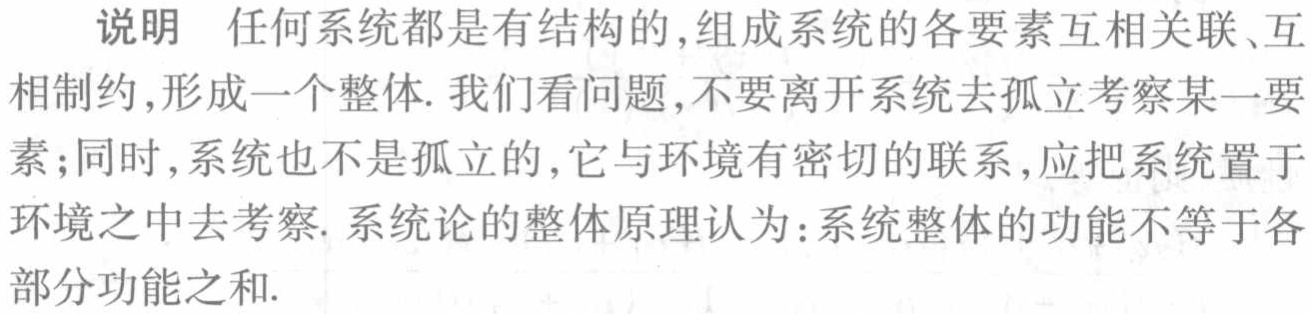
说明 任何系统都是有结构的,组成系统的各要素互相关联、互
相制约,形成一个整体. 我们看问题,不要离开系统去孤立考察某一要
素;同时,系统也不是孤立的,它与环境有密切的联系,应把系统置于
环境之中去考察. 系统论的整体原理认为:系统整体的功能不等于各
部分功能之和.